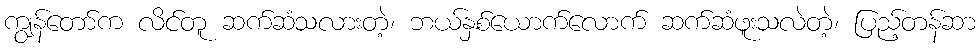
ကျွန်တော်က လိင်တူ ဆက်ဆံသလားတဲ့၊ ဘယ်နှစ်ယောက်လောက် ဆက်ဆံဖူးသလဲတဲ့၊ ပြည့်တန်ဆာ